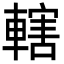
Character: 轄